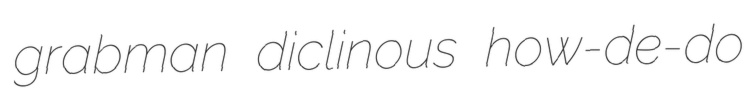
grabman diclinous how-de-do